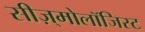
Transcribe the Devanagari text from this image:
सीज़्मोलॉजिस्ट